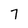
Character: 7